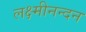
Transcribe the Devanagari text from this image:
लक्ष्मीनन्दन